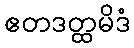
ဧတဒတ္ထမိဒံ